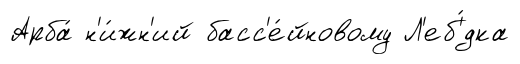
Арба́ н'и́жн'ий басс'е́йновому Л'еб'́дка